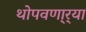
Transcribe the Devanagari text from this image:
थोपवणा्र्‍या